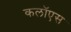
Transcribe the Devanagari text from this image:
कलॉएस